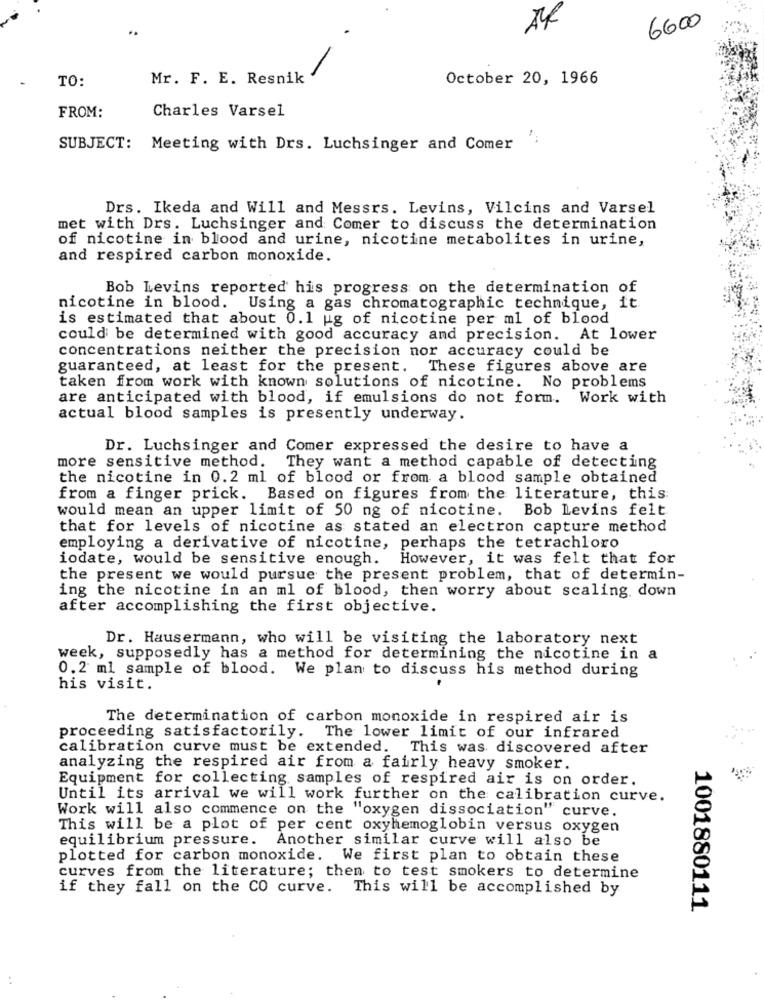
6600
TO:
Mr. F. E. Resnik
October 20, 1966
FROM:
Charles Varsel
SUBJECT: Meeting with Drs. Luchsinger and Comer
Drs. Ikeda and Will and Messrs. Levins, Vilcins and Varsel
met with Drs. Luchsinger and Comer to discuss the determination
of nicotine in blood and urine, nicotine metabolites in urine,
and respired carbon monoxide.
Bob Levins reported his progress on the determination of
nicotine in blood. Using a gas chromatographic technique, it
is estimated that about 0.1 ug of nicotine per ml of blood
could be determined with good accuracy and precision. At lower
concentrations neither the precision nor accuracy could be
guaranteed, at least for the present. These figures above are
taken from work with known solutions of nicotine.
No problems
are anticipated with blood, if emulsions do not form. Work with
actual blood samples is presently underway.
Dr. Luchsinger and Comer expressed the desire to have a
more sensitive method. They want a method capable of detecting
the nicotine in 0.2 ml of blood or from a blood sample obtained
from a finger prick. Based on figures from the literature, this:
would mean an upper limit of 50 ng of nicotine. Bob Levins felt
that for levels of nicotine as stated an electron capture method
employing a derivative of nicotine, perhaps the tetrachloro
iodate, would be sensitive enough. However, it was felt that for
the present we would pursue the present problem, that of determin-
ing the nicotine in an ml of blood, then worry about scaling. down
after accomplishing the first objective.
Dr. Hausermenn, who will be visiting the laboratory next
week, supposedly has a method for determining the nicotine in a
0.2 ml sample of blood. We plan to discuss his method during
his visit.
The determination of carbon monoxide in respired air is
proceeding satisfactorily. The lower limit of our infrared
calibration curve must be extended. This was discovered after
analyzing the respired air from a fairly heavy smoker.
Equipment for collecting samples of respired air is on order.
Until its arrival we will work further on the calibration curve.
Work will also commence on the "oxygen dissociation" curve.
This will be a plot of per cent oxyhemoglobin versus oxygen
equilibrium pressure. Another similar curve will also be
plotted for carbon monoxide. We first plan to obtain these
curves from the literature; then to test smokers to determine
if they fall on the CO curve. This will be accomplished by
1001880111
..